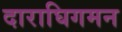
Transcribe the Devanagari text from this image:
दाराघिगमन